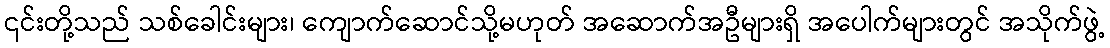
၎င်းတို့သည် သစ်ခေါင်းများ၊ ကျောက်ဆောင်သို့မဟုတ် အဆောက်အဦများရှိ အပေါက်များတွင် အသိုက်ဖွဲ့